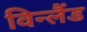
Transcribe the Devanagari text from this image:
विन्लैंड